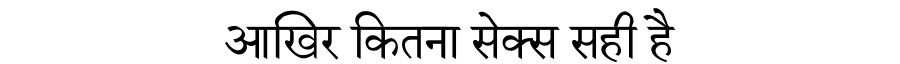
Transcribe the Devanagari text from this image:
आखिर कितना सेक्स सही है